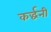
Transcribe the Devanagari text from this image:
कर्द्धनी